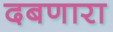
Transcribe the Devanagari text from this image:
दबणारा